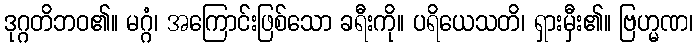
ဒုဂ္ဂတိဘဝ၏။ မဂ္ဂံ၊ အကြောင်းဖြစ်သော ခရီးကို။ ပရိယေသတိ၊ ရှားမှီး၏။ ဗြဟ္မဏ၊